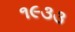
૧૯૩૩